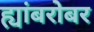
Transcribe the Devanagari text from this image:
ह्यांबरोबर